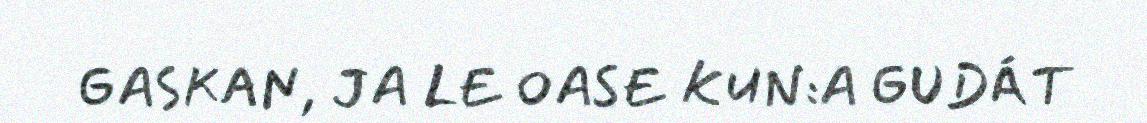
GASKAN, JA LE OASE KUN:A GUDÁT